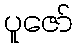
ပူဇော်